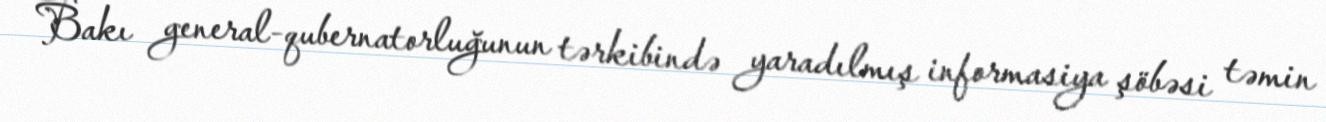
Bakı general-qubernatorluğunun tərkibində yaradılmış informasiya şöbəsi təmin